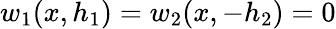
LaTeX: w_{1}(x,h_{1})=w_{2}(x,-h_{2})=0